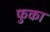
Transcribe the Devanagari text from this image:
फुका